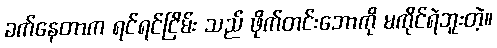
ခက်နေတာက ရင်ရင်ငြိမ်း သည် ဖိုက်တင်းဘောကို မကိုင်ရဲဘူးတဲ့။